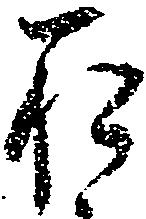
お